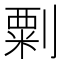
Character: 㔄